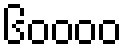
၆၀၀၀၀